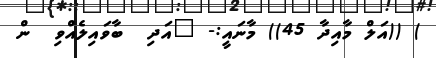
) ((އަލް މާއިދާ 45)) މާނައީ:- "އަދި  ބާވައިލެއްވި  ން